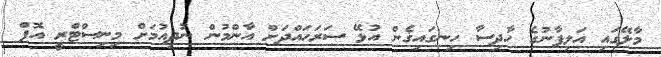
މާލޭގައި އަލިފާނުގެ ހާދިސާ ހިނގައިގެން އުޅޭ ސަރަހައްދަށް އާންމުން ނުދިއުމަށް މިނިސްޓްރީ އޮފް